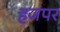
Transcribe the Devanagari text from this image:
हजपर